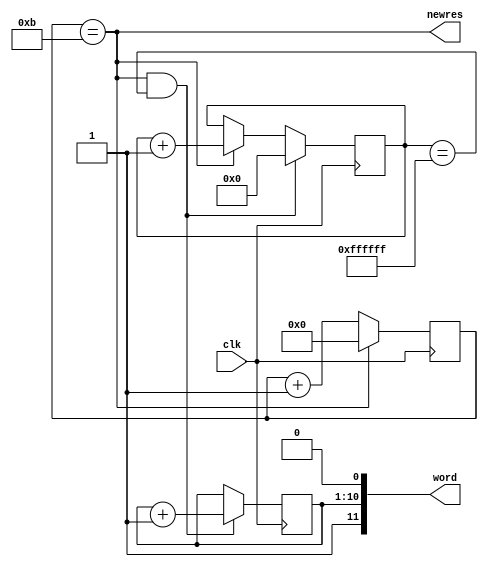
module word_geninc(
	input clk,
	output [11:0] word,
	output newres);
	
reg [9:0] number;  // number to send
//reg [9:0] invert ;  // use to invert bits every other new pulse
reg [3:0] bitcnt;   // counts from 0 to 11
reg [23:0] slowcnt ; // delay counter to enable increment of number
wire cnt_en;

// make counter of 12 bits and pulse new high at bit 11
assign newres = (bitcnt == 11) ;
always @(posedge clk)
	if (newres) bitcnt <= 0;
	else bitcnt <= bitcnt + 1;

// make slow counter to have readable number updated slowly
assign cnt_en = (slowcnt == 24'HFFFFFF);
always @(posedge clk) 
	if (newres & cnt_en) begin
		slowcnt <= 0;
		number <= number + 1;
		//invert <= 0;
	end
	else if (newres) begin
		slowcnt <= slowcnt + 1;
		//invert <= ~invert ;  // comment out to stop inverting
	end

//assign word = {1'b1, number^invert, 1'b0};  // append start stop bits to number

assign word = {1'b1, number, 1'b0};

endmodule